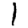
Digit: 1